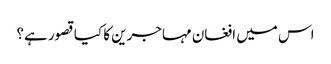
اس میں افغان مہاجرین کا کیا قصور ہے؟